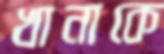
খানাকে